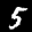
Label: 5